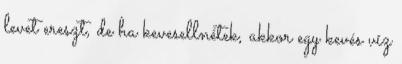
levet ereszt, de ha kevesellnétek, akkor egy kevés víz